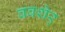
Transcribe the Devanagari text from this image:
ववशेर्